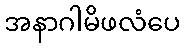
အနာဂါမိဖလံပေ